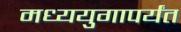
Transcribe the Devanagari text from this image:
मध्ययुगापर्यंत